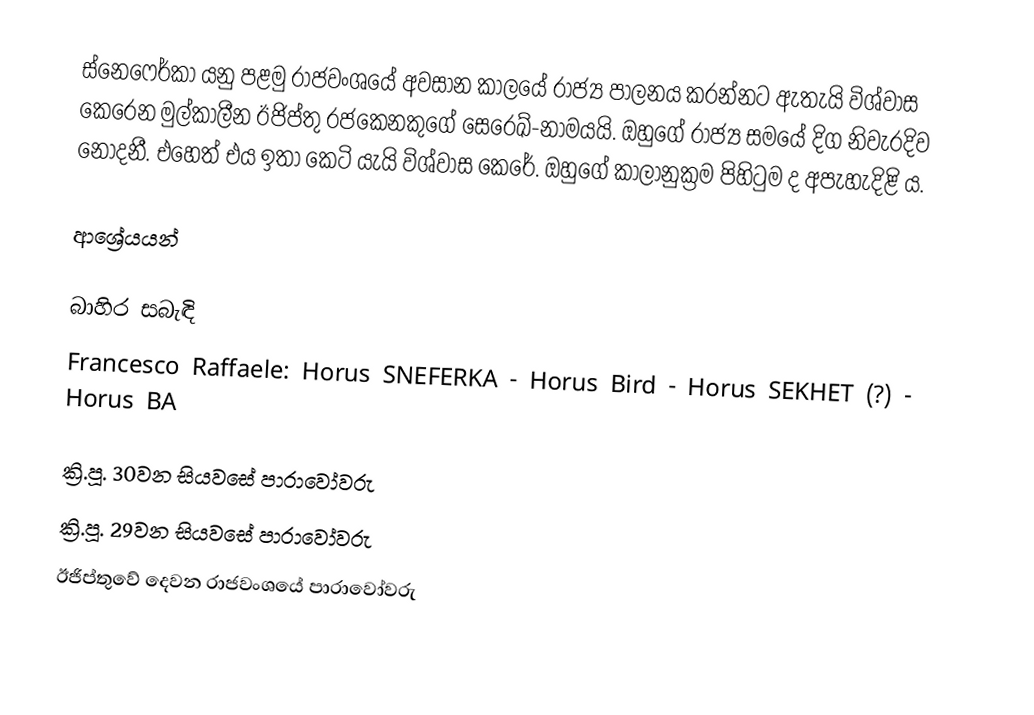
ස්නෙෆෙර්කා යනු පළමු රාජවංශයේ අවසාන කාලයේ රාජ්‍ය පාලනය කරන්නට ඇතැයි විශ්වාස කෙරෙන මුල්කාලීන ඊජිප්තු රජකෙනකුගේ සෙරෙඛ්-නාමයයි. ඔහුගේ රාජ්‍ය සමයේ දිග නිවැරදිව නොදනී. එහෙත් එය ඉතා කෙටි යැයි විශ්වාස කෙරේ. ඔහුගේ කාලානුක්‍රම පිහිටුම ද අපැහැදිළි ය.

ආශ්‍රේයයන්

බාහිර සබැඳි
Francesco Raffaele: Horus SNEFERKA - Horus Bird - Horus SEKHET (?) - Horus BA

ක්‍රි.පූ. 30වන සියවසේ පාරාවෝවරු
ක්‍රි.පූ. 29වන සියවසේ පාරාවෝවරු
ඊජිප්තුවේ දෙවන රාජවංශයේ පාරාවෝවරු